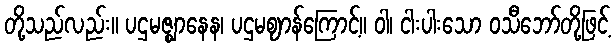
တို့သည်လည်း။ ပဌမဇ္ဈာနေန၊ ပဌမဈာန်ကြောင့်။ ဝါ၊ ငါးပါးသော ဝသီဘော်တို့ဖြင့်